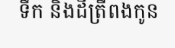
ទឹក និងដីត្រីពងកូន